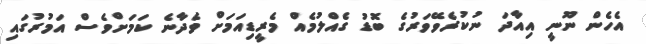
އެހެން ނޫނީ އިއާދަ ނުކުރެވޭވަރުގެ ބޮޑު ގެއްލުމެއް މެރީޑިއަމަށް ވެދާނެ ކަމަށްވެސް އަމުރުގައި